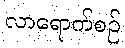
လာရောက်စဉ်